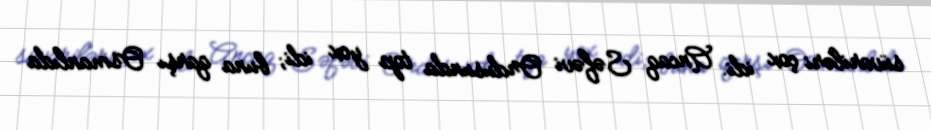
süvariləri çox idi. Ancaq Səfəvi Ordusunda top yox idi; buna qarşı Osmanlıda